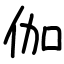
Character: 伽